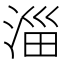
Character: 淄